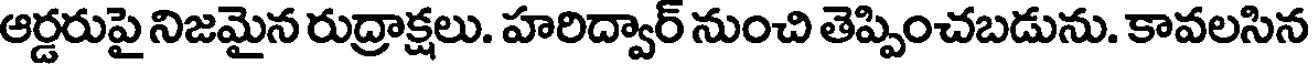
ఆర్డరుపై నిజమైన రుద్రాక్షలు. హరిద్వార్ నుంచి తెప్పించబడును. కావలసిన